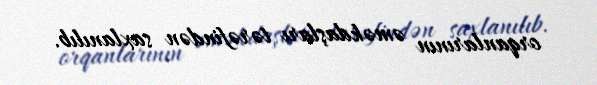
orqanlarının əməkdaşları tərəfindən saxlanılıb.